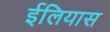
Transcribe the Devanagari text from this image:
ईलियास